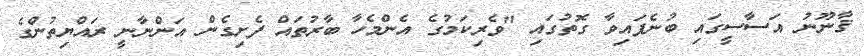
ޤާނޫނު އަސާސީގައި ބުނެފައިވާ ގޮތުގައި "ވެރިކަމުގެ އެންމެހާ ބާރުތައް ފެށިގެން އަންނާނީ ރައްޔިތުންގެ